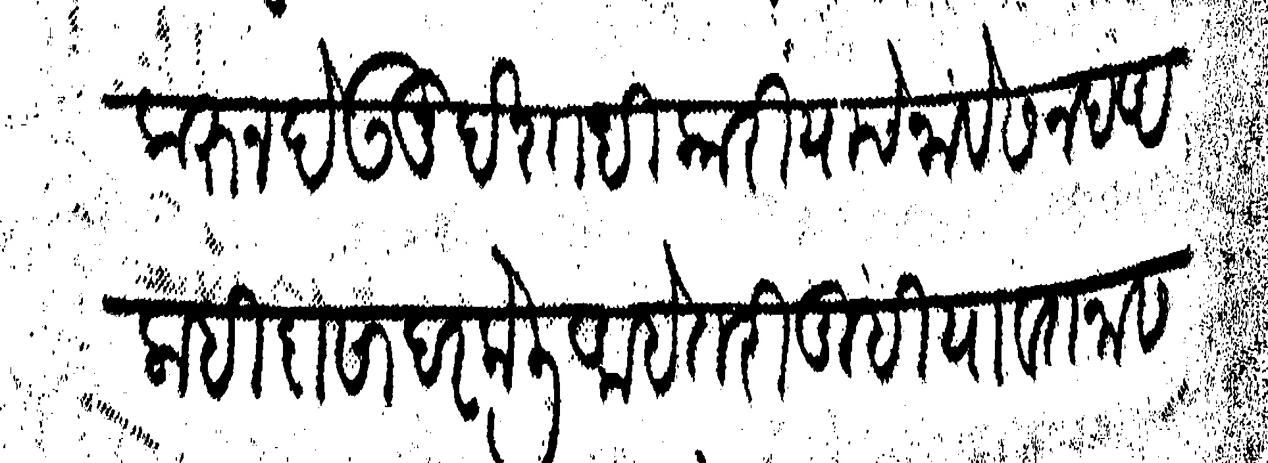
Transliteration (Devanagari): करून देऊनु देशाधिकारी याचे नावे सनद अलाहिदा सादर केली अहे तरी तुम्ही या वतनास